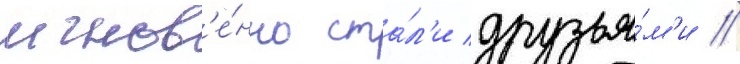
мгнов'е́нно ста́л'и друзья́м'и //